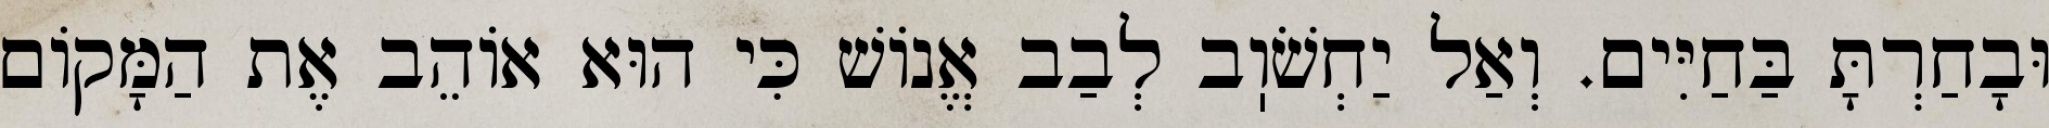
וּבָחַרְתָּ בַּחַיִּים. וְאַל יַחְשֹׁוֽב לְבַב אֱנוֹשׁ כִּי הוּא אוֹהֵב אֶת הַמָּקוֹם